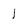
Character: 1